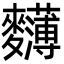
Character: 𪎄